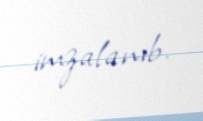
imzalanıb.